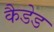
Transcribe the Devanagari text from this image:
कैडेड